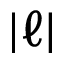
| \ell |